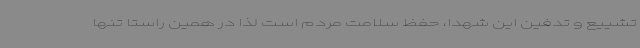
تشییع و تدفین این شهدا، حفظ سلامت مردم است لذا در همین راستا تنها